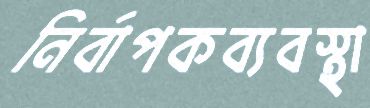
নির্বাপকব্যবস্থা